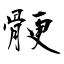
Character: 骾